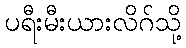
ပရီးမီးယားလိဂ်သို့